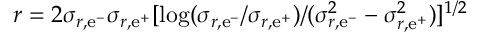
r = 2 \sigma _ { r , \mathrm { e } ^ { - } } \sigma _ { r , \mathrm { e } ^ { + } } [ \log ( \sigma _ { r , \mathrm { e } ^ { - } } / \sigma _ { r , \mathrm { e } ^ { + } } ) / ( \sigma _ { r , \mathrm { e } ^ { - } } ^ { 2 } - \sigma _ { r , \mathrm { e } ^ { + } } ^ { 2 } ) ] ^ { 1 / 2 }